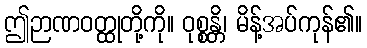
ဤဉာဏဝတ္ထုတို့ကို။ ဝုစ္စန္တိ၊ မိန့်အပ်ကုန်၏။